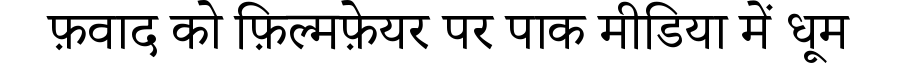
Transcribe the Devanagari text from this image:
फ़वाद को फ़िल्मफ़ेयर पर पाक मीडिया में धूम